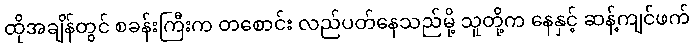
ထိုအချိန်တွင် စခန်းကြီးက တစောင်း လည်ပတ်နေသည်မို့ သူတို့က နေနှင့် ဆန့်ကျင်ဖက်